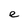
Character: e